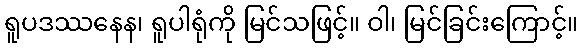
ရူပဒဿနေန၊ ရူပါရုံကို မြင်သဖြင့်။ ဝါ၊ မြင်ခြင်းကြောင့်။